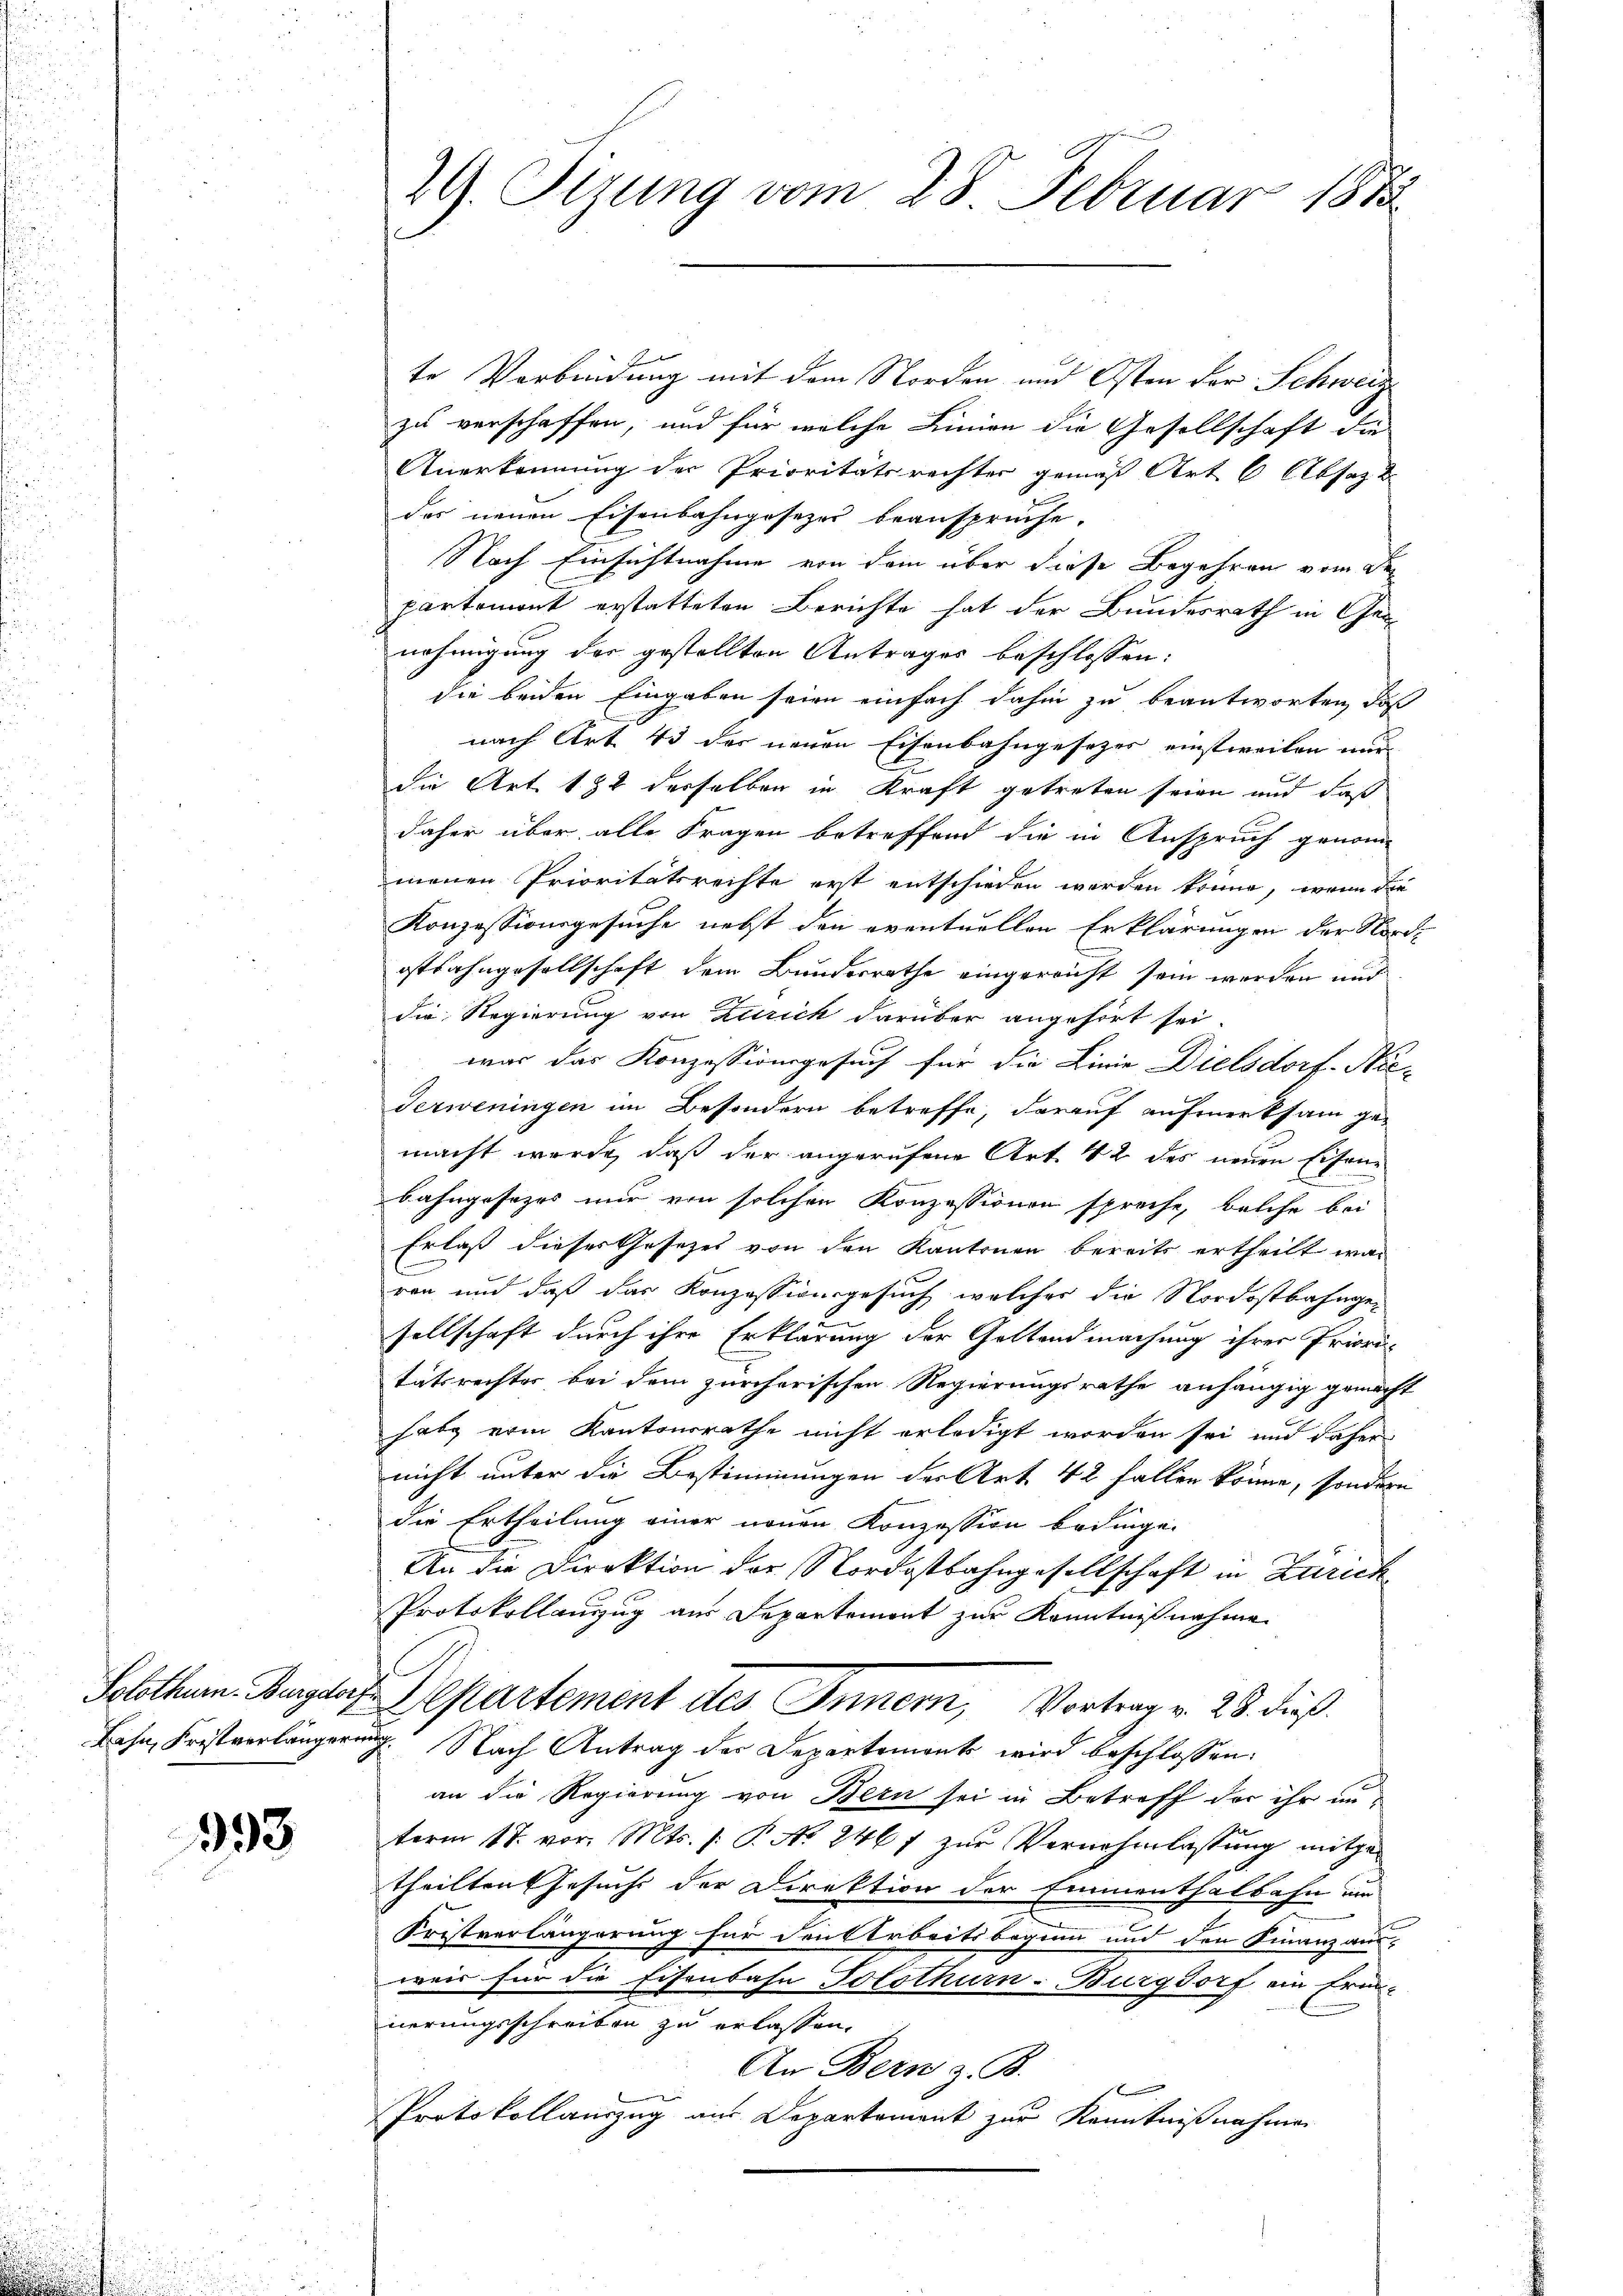
Solothurn. Burgdorf
Bahn, Fristverlängere

393

29. Sizung vom 28. Februar 1873

e
te Verbindung mit dem Norden und Osten der Schweiz
zu verschaffen, und für welche Linien die Gesellschaft die
Anerkennung der Prioritätsrechter gemäß Art 6 Absage
das neuen Eisenbahngesezes beansprüche.
Nach Einsichtnahme von dem über diese Begehren vom Departemont erstatteten Berichte hat der Bundesrath in Gen
nehmigung der gestellten Antrages beschlossen:
die beiden Eingaben seien einfach dahin zu beantworten, daß
nach Art. 43 der neuen Eisenbahngesetzes einstweilen nur
die Art. 132 derselben in Kraft getreten seien und daß
daher über alle Fragen betreffend die in Anspruch genom-
menen Prioritätsrechte erst entschieden werden könne, wenn die
Konzessionsgesuche nebst den eventuellen Erklärungen der Nord-
ostbahngesellschaft dem Bundesrathe eingereicht sein werden und
die Regierung von Zürich darüber angehört sei.
war das Konzessionsgesuch für die Linie Dielsdorf-Niederweningen im Besondern betreffe, darauf aufmerksam ge-
macht werde, daß der angerufene Art. 42 des neuen Eisenbahngesezes nur von solchen Konzessionen spreche, welche bei
Erlaß dieses Gesezes von den Kantonen bereits ertheilt war
ren und daß das Konzessionsgesuch welcher die Nordostbahngesellschaft durch ihre Erklärung der Gottendmachung ihrer Prioritätsrechter bei dem zürcherischen Regierungsrathe anhängig gemacht
habe vom Kantonsrathe nicht erledigt worden sei und daher
nicht unter die Bestimmungen der Art. 42 fallen könne, sondern
die Ertheilung einer neuen Konzession bedinge.
An die Direktion der Nordostbahngesellschaft in Zürich
Protokollanzug aus Departemont zur Kenntnißnahme
Departement des Innern, Vortrag v. 25. dieß
7. Nach Antrag der Departement wird beschlossen:
an die Regierung von Bern sei in Betreff der ihr unterm 18. vor. Mts. f. P. No 246 f zur Vernehmlassung mitgetheilten Gesuch der Direktion der Emmenthalbahn um
Fristverlängerung für den Arbeitsbeginn und den Finanz aus-
weis für die Eisenbahn Solothurn-Burgdorf ein Erin-
nerungsschreiben zu erlassen,
An Bern z. B.
s
Protokollauszug aus Departement zur Kenntnißnahmen